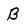
Character: B